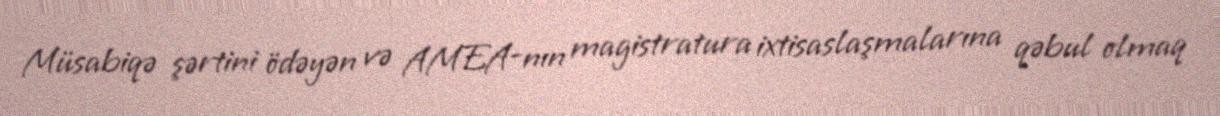
Müsabiqə şərtini ödəyən və AMEA-nın magistratura ixtisaslaşmalarına qəbul olmaq